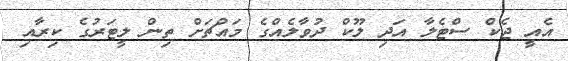
އެއީ ޖެކް ސްޓެލާ އަދި ލޫކް ދުވާލެއްގެ މައްޗަށް ތިން ލީޓަރުގެ ކިރާއި